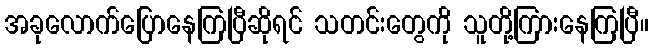
အခုလောက်ပြောနေကြပြီဆိုရင် သတင်းတွေကို သူတို့ကြားနေကြပြီ။